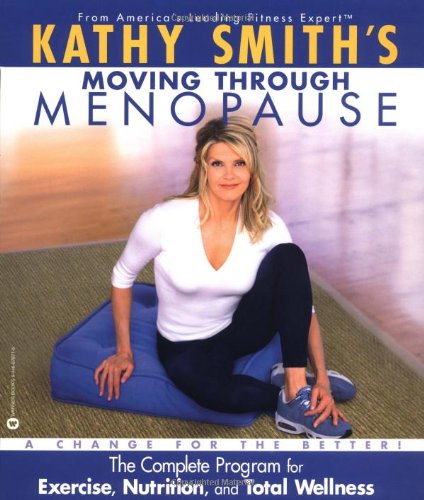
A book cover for Kathy Smith's Moving Through Menopause: The Complete Program for Exercise, Nutrition and Total Wellness; Kathy Smith; Health, Fitness & Dieting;